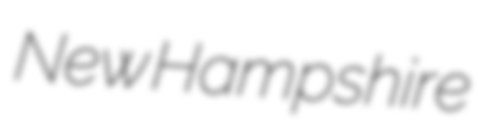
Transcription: New Hampshire